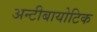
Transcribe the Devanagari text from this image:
अन्टीबायोटिक